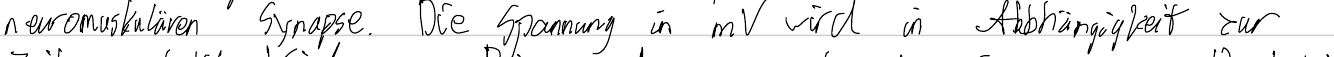
neuromuskulären Synapse. Die Spannung in mV wird in Abhängigkeit zur